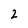
Character: 2